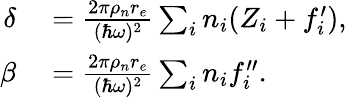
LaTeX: \begin{array}{rl}{\delta}&{{}=\frac{2\pi\rho_{n}r_{e}}{(\hbar\omega)^{2}}\sum_{i}n_{i}(Z_{i}+f_{i}^{\prime}),}\\ {\beta}&{{}=\frac{2\pi\rho_{n}r_{e}}{(\hbar\omega)^{2}}\sum_{i}n_{i}f_{i}^{\prime\prime}.}\end{array}